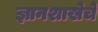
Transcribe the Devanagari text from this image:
ज्ञानशाखेचे